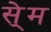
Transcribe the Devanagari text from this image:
से्म